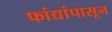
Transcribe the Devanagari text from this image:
फांद्यांपासून